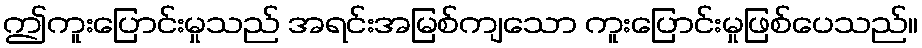
ဤကူးပြောင်းမှုသည် အရင်းအမြစ်ကျသော ကူးပြောင်းမှုဖြစ်ပေသည်။